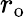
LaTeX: r_{\mathrm{{o}}}